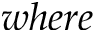
w h e r e